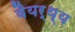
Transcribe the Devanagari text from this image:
वैयर्थ्य